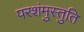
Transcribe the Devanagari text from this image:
परशंमुस्तुति